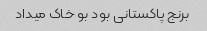
برنج پاکستانی بود بو خاک میداد